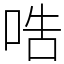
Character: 哠